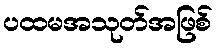
ပထမအသုတ်အဖြစ်